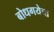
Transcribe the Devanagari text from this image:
बोधगयेचा